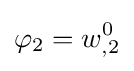
\varphi _{2}=w_{,2}^{0}